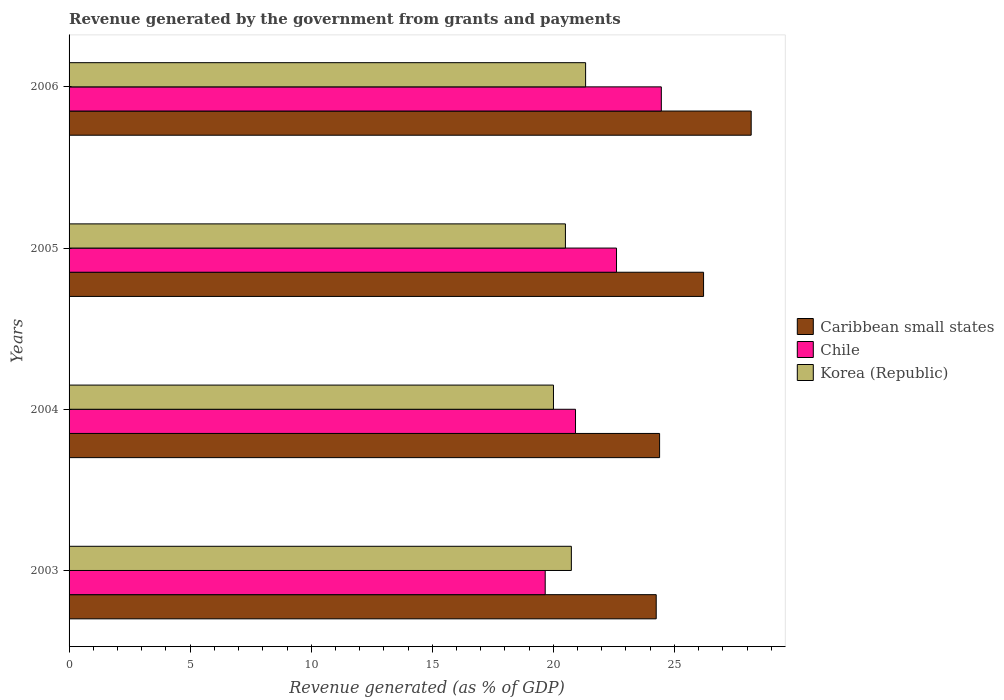
| Years | Caribbean small states | Chile | Korea (Republic) |
 | --- | --- | --- | --- |
 | 2003 | 24.2 | 19.7 | 20.7 |
 | 2004 | 24.4 | 20.9 | 20 |
 | 2005 | 26.2 | 22.6 | 20.5 |
 | 2006 | 28.2 | 24.5 | 21.3 |